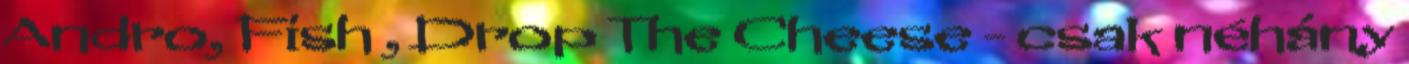
Andro, Fish , Drop The Cheese - csak néhány